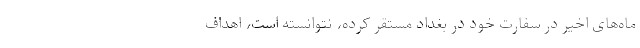
ماه‌های اخیر در سفارت خود در بغداد مستقر کرده، نتوانسته‌ است، اهداف